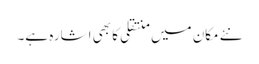
نئے مکان میں منتقلی کا بھی اشارہ ہے۔